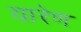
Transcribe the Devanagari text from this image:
यारेण